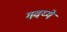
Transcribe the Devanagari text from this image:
गवय्ये